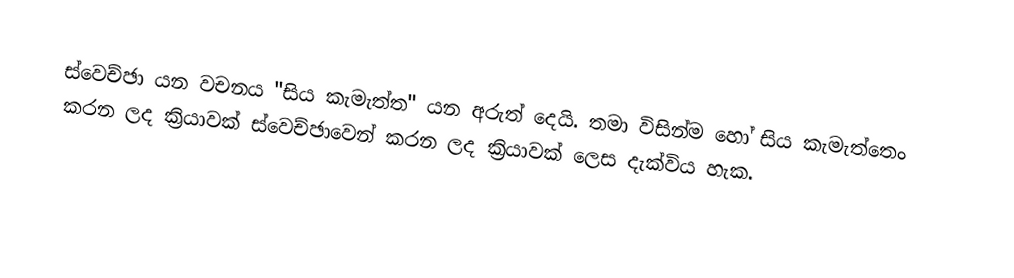
ස්වෙච්ඡා යන වචනය "සිය කැමැත්ත" යන අරුත් දෙයි. තමා විසින්ම හෝ සිය කැමැත්තෙං කරන ලද ක්‍රියාවක් ස්වෙච්ඡාවෙන් කරන ලද ක්‍රියාවක් ලෙස දැක්විය හැක.